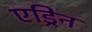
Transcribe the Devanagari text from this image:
एड्रिन